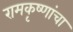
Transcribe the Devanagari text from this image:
रामकृष्णांचा